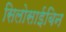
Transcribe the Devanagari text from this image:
सिलोसाईबिन